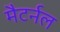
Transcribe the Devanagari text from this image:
मैटर्नल